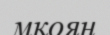
мқоян